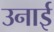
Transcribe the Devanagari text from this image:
उनाई